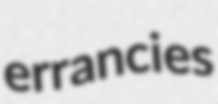
errancies